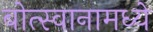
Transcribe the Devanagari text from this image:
बोत्स्वानामध्ये